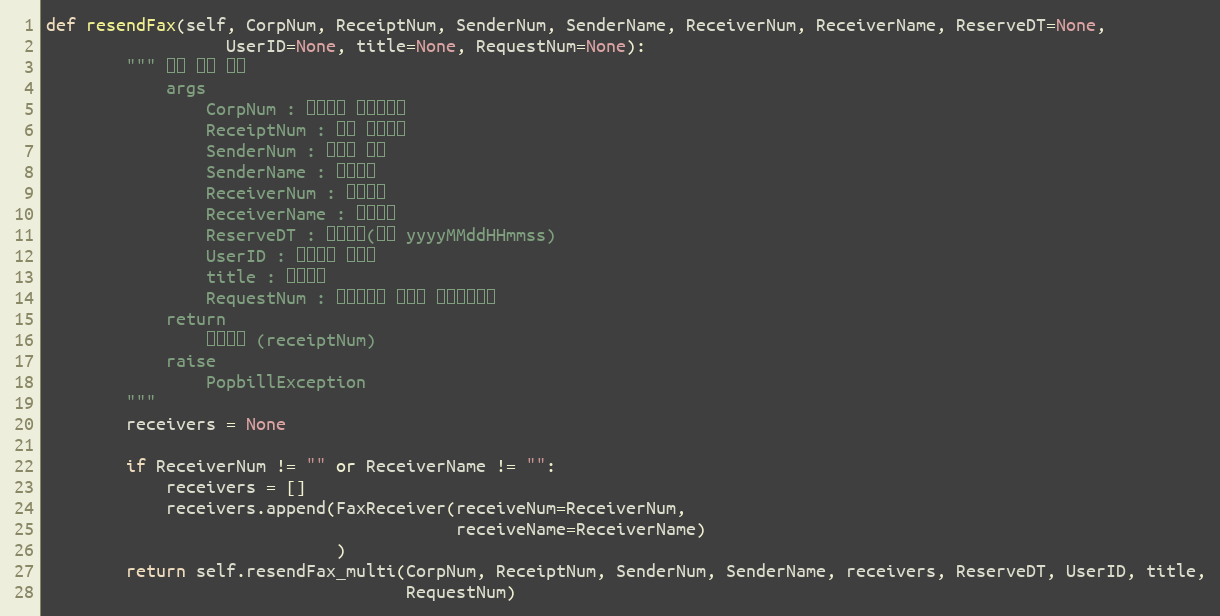
Language: Python
def resendFax(self, CorpNum, ReceiptNum, SenderNum, SenderName, ReceiverNum, ReceiverName, ReserveDT=None,
                  UserID=None, title=None, RequestNum=None):
        """ 팩스 단건 전송
            args
                CorpNum : 팝빌회원 사업자번호
                ReceiptNum : 팩스 접수번호
                SenderNum : 발신자 번호
                SenderName : 발신자명
                ReceiverNum : 수신번호
                ReceiverName : 수신자명
                ReserveDT : 예약시간(형식 yyyyMMddHHmmss)
                UserID : 팝빌회원 아이디
                title : 팩스제목
                RequestNum : 전송요청시 할당한 전송요청번호
            return
                접수번호 (receiptNum)
            raise
                PopbillException
        """
        receivers = None

        if ReceiverNum != "" or ReceiverName != "":
            receivers = []
            receivers.append(FaxReceiver(receiveNum=ReceiverNum,
                                         receiveName=ReceiverName)
                             )
        return self.resendFax_multi(CorpNum, ReceiptNum, SenderNum, SenderName, receivers, ReserveDT, UserID, title,
                                    RequestNum)